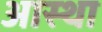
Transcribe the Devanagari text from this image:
अास्था